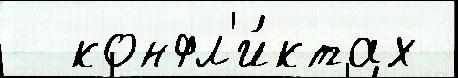
  конфл'и́ктах